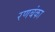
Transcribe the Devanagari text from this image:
रणबंका